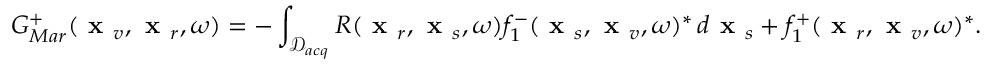
G _ { M a r } ^ { + } ( \textbf { x } _ { v } , \textbf { x } _ { r } , \omega ) = - \int _ { \mathcal { D } _ { a c q } } R ( \textbf { x } _ { r } , \textbf { x } _ { s } , \omega ) f _ { 1 } ^ { - } ( \textbf { x } _ { s } , \textbf { x } _ { v } , \omega ) ^ { * } \, d \textbf { x } _ { s } + f _ { 1 } ^ { + } ( \textbf { x } _ { r } , \textbf { x } _ { v } , \omega ) ^ { * } .